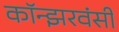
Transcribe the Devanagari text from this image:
कॉन्झरवंसी